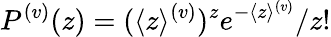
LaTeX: P^{(v)}(z)={(\langle z\rangle^{(v)})^{z}}e^{-\langle z\rangle^{(v)}}/{z!}